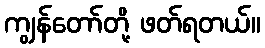
ကျွန်တော်တို့ ဖတ်ရတယ်။